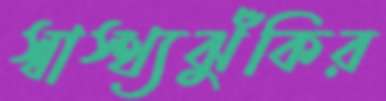
স্বাস্থ্যঝুঁকির